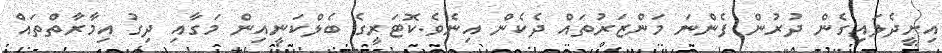
އިށީދެލައިގެން ދުރުން ފެންނަ މަންޒަރުތައް ދެކެން އިނެވެ.ކޮޓަރީގެ ބެލްކަނީއިން މަގާއި ދިގު އިމާރާތްތައް